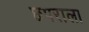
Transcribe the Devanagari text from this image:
छपराला